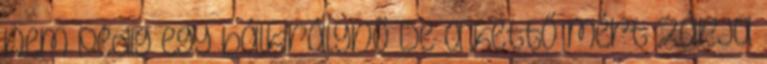
nem pedig egy bálkirálynő De a kettő mért zárja